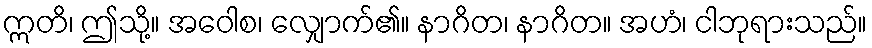
ဣတိ၊ ဤသို့။ အဝေါစ၊ လျှောက်၏။ နာဂိတ၊ နာဂိတ။ အဟံ၊ ငါဘုရားသည်။